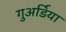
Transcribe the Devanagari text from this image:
गुअर्डिया